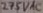
Text: 275VAX